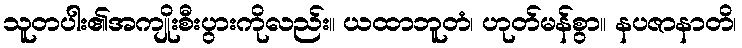
သူတပါး၏အကျိုးစီးပွားကိုလည်း။ ယထာဘူတံ၊ ဟုတ်မန်စွာ။ နပဇာနာတိ၊